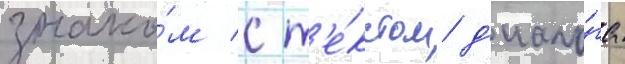
знако́м с т'е́кстом д'иало́га